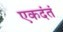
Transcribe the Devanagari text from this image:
एकदंतं